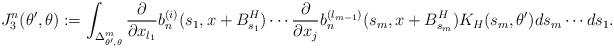
LaTeX: \begin{align*}J_3^n(\theta',\theta) := \int_{\Delta_{\theta',\theta}^m} \frac{\partial}{\partial x_{l_1}} b_n^{(i)} (s_1,x+B_{s_1}^H) \cdots \frac{\partial}{\partial x_j}b_n^{(l_{m-1})} (s_m,x+B_{s_m}^H) K_H(s_m,\theta') ds_m \cdots ds_1.\end{align*}